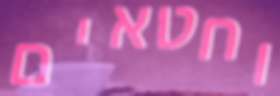
וחטאים